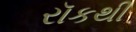
રૉકથી